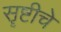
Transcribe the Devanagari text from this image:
सॄष्टीचे